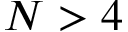
N > 4